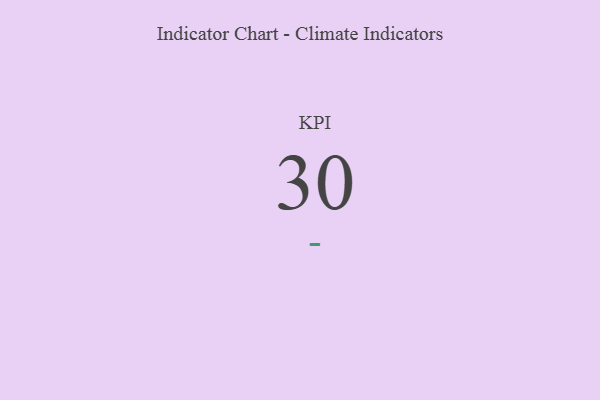
{"axis": {"x": "KPI", "y": "Value"}, "legend": [""], "data": [{"x": "KPI", "y": 30, "type": ""}]}